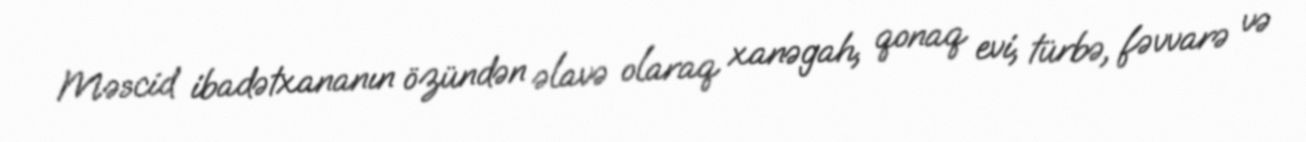
Məscid ibadətxananın özündən əlavə olaraq xanəgah, qonaq evi, türbə, fəvvarə və